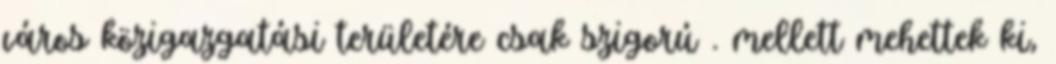
város közigazgatási területére csak szigorú . mellett mehettek ki,